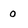
Character: 0